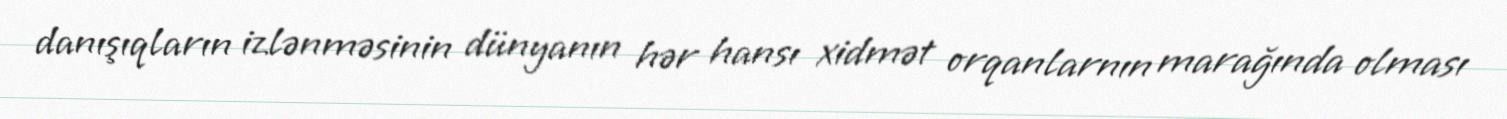
danışıqların izlənməsinin dünyanın hər hansı xidmət orqanlarnın marağında olması